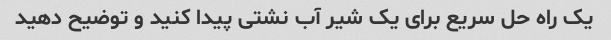
یک راه حل سریع برای یک شیر آب نشتی پیدا کنید و توضیح دهید